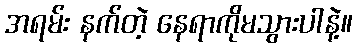
အရမ်း နက်တဲ့ နေရာကိုမသွားပါနဲ့။